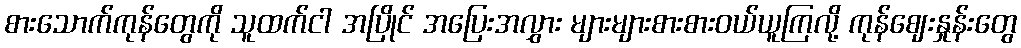
စားသောက်ကုန်တွေကို သူထက်ငါ အပြိုင် အပြေးအလွှား များများစားစားဝယ်ယူကြလို့ ကုန်ဈေးနှုန်းတွေ